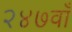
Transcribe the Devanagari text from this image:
२४७वाँ